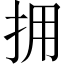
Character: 拥